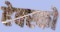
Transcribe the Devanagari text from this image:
हेक्स्को